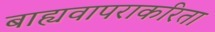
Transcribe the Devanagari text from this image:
बाह्यवापराकरिता